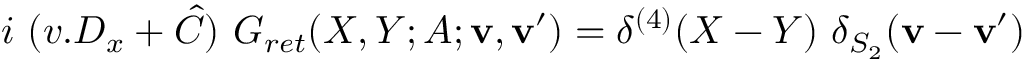
i \ ( v . D _ { x } + \hat { C } ) \ G _ { r e t } ( X , Y ; A ; { \mathbf v } , { \mathbf v ^ { \prime } } ) = \delta ^ { ( 4 ) } ( X - Y ) \ \delta _ { S _ { 2 } } ( { \mathbf v } - { \mathbf v ^ { \prime } } )